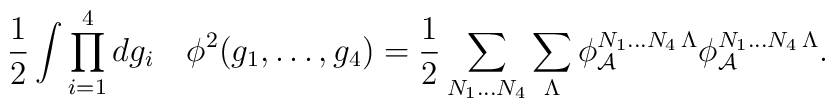
\frac{1}{2} \int \prod_{i=1}^4 dg_i ~ ~~\phi^2(g_1,\ldots,g_4) = \frac{1}{2} \sum_{N_1\ldots N_4} \sum_\Lambda \phi_{\cal A}^{N_1\ldots N_4\,\Lambda} \phi_{\cal A}^{ N_1\ldots N_4\, \Lambda}.